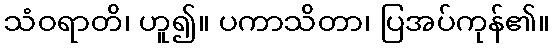
သံဝရာတိ၊ ဟူ၍။ ပကာသိတာ၊ ပြအပ်ကုန်၏။